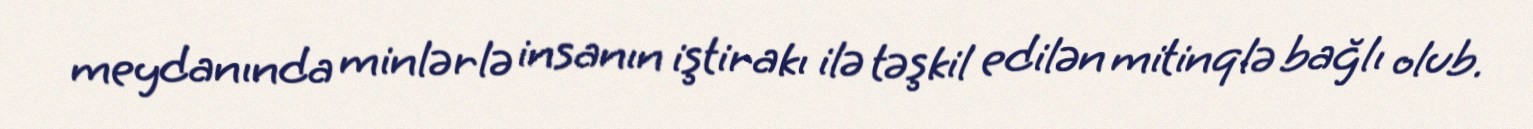
meydanında minlərlə insanın iştirakı ilə təşkil edilən mitinqlə bağlı olub.